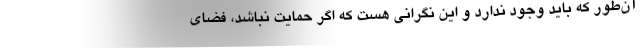
آن‌طور که باید وجود ندارد و این نگرانی هست که اگر حمایت نباشد، فضای